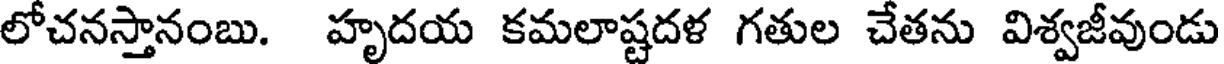
లోచనస్తానంబు. హృదయ కమలాష్టదళ గతుల చేతను విశ్వజీవుండు